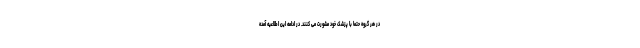
در هر گروه حتماً با پزشک خود مشورت می کنند. در ادامه این اطلاعیه آمده